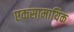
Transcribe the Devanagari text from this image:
एकसामायिक